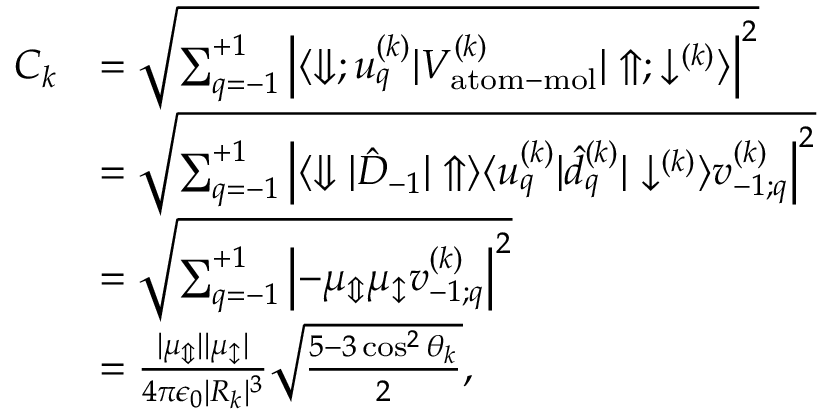
\begin{array} { r l } { C _ { k } } & { = \sqrt { \sum _ { q = - 1 } ^ { + 1 } \left| \langle \Downarrow ; u _ { q } ^ { ( k ) } | V _ { \mathrm { a t o m - m o l } } ^ { ( k ) } | \Uparrow ; \downarrow ^ { ( k ) } \rangle \right| ^ { 2 } } } \\ & { = \sqrt { \sum _ { q = - 1 } ^ { + 1 } \left| \langle \Downarrow | \hat { D } _ { - 1 } | \Uparrow \rangle \langle u _ { q } ^ { ( k ) } | \hat { d } _ { q } ^ { ( k ) } | \downarrow ^ { ( k ) } \rangle v _ { - 1 ; q } ^ { ( k ) } \right| ^ { 2 } } } \\ & { = \sqrt { \sum _ { q = - 1 } ^ { + 1 } \left| - \mu _ { \Updownarrow } \mu _ { \updownarrow } v _ { - 1 ; q } ^ { ( k ) } \right| ^ { 2 } } } \\ & { = \frac { | \mu _ { \Updownarrow } | | \mu _ { \updownarrow } | } { 4 \pi \epsilon _ { 0 } | R _ { k } | ^ { 3 } } \sqrt { \frac { 5 - 3 \cos ^ { 2 } \theta _ { k } } { 2 } } , } \end{array}